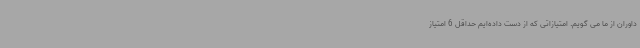
داوران از ما می گویم. امتیازاتی که از دست داده‌ایم حداقل 6 امتیاز